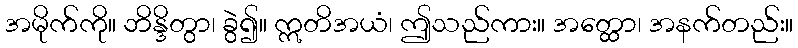
အမိုက်ကို။ ဘိန္ဒိတွာ၊ ခွဲ၍။ ဣတိအယံ၊ ဤသည်ကား။ အတ္ထော၊ အနက်တည်း။